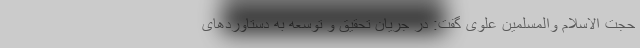
حجت الاسلام والمسلمین علوی گفت: در جریان تحقیق و توسعه به دستاورد‌های